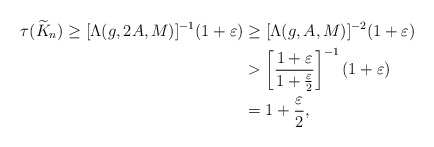
\begin{align*} \tau(\widetilde K_n)\ge [\Lambda(g,2A,M)]^{-1}(1+\varepsilon) & \geq [\Lambda(g,A,M)]^{-2}(1+\varepsilon) \\ & > \left[ \frac{1+\varepsilon}{1+\frac{\varepsilon}{2}} \right]^{-1}(1+\varepsilon) \\ & = 1+\frac{\varepsilon}{2},\end{align*}